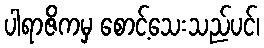
ပါရာဇိကမှ စောင့်သေးသည်ပင်၊